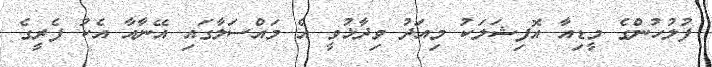
ފުލުހުންގެ މީޑިއާ އޮފިޝަލަކު މިއަދު ވިދާޅުވީ އެ މައްސަލާގައި އޭނާއާ އެކު ފެރީގެ